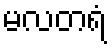
မလတရံ